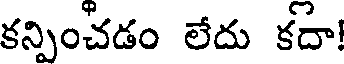
కన్పించడం లేదు కదా!